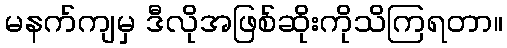
မနက်ကျမှ ဒီလိုအဖြစ်ဆိုးကိုသိကြရတာ။